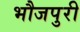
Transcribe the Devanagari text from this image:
भौजपुरी